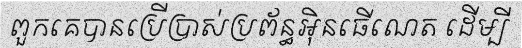
ពួកគេបានប្រើប្រាស់ប្រព័ន្ធអ៊ិនធើណេត ដើម្បី